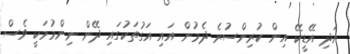
އަދި އޭޑީކޭ އިން ކުރިންސުރެ ދެމުން އައި އަގުތަކުގައި ދޭން ނިންމުމަކީ ވެސް